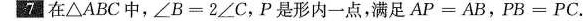
7 在△ABC中，$$∠ B = 2 ∠ C$$，P是形内一点，满足$$A P = A B$$，$$P B = P C$$.